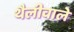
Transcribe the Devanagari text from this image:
थैलीवाले